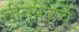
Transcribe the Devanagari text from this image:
तीनवेळचे